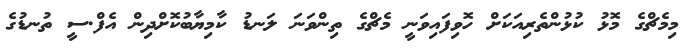
މިމެޗްގެ މޮޅު ކުޅުންތެރިއަކަށް ހޮވިފައިވަނީ މެޗްގެ ތިންވަނަ ލަނޑު ކާމިޔާބުކޮށްދިން އެފް.ސީ ތުނޑުގެ